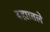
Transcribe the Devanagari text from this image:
दह्यातले